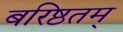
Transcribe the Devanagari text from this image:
बरिष्ठतम्